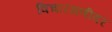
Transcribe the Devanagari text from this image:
विचारसणीवर